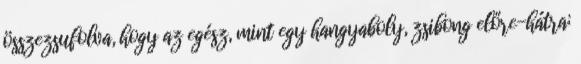
összezsufolva, hogy az egész, mint egy hangyaboly, zsibong előre-hátra;